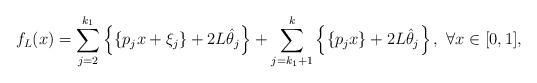
LaTeX: \begin{align*}f_{L}(x)=\sum_{j=2}^{k_1}\left\{\left\{p_{j}x+\xi_{j}\right\}+2L\hat{\theta}_{j}\right\}+\sum_{j=k_{1}+1}^{k}\left\{\left\{p_{j}x\right\}+2L\hat{\theta}_{j}\right\},\ \forall x\in [0,1],\end{align*}